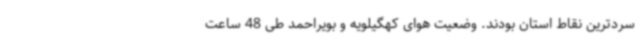
سردترین نقاط استان بودند. وضعیت هوای کهگیلویه و بویراحمد طی 48 ساعت